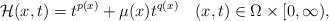
LaTeX: \begin{align*}\mathcal{H}(x,t)=t^{p(x)}+\mu(x)t^{q(x)}\quad(x,t)\in\Omega \times [0,\infty),\end{align*}